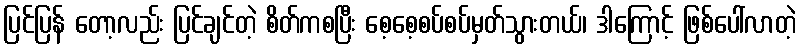
ပြင်ပြန် တော့လည်း ပြင်ချင်တဲ့ စိတ်ကစပြီး စေ့စေ့စပ်စပ်မှတ်သွားတယ်၊ ဒါကြောင့် ဖြစ်ပေါ်လာတဲ့